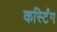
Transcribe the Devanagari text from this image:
कर्स्टिंग